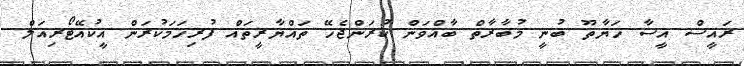
ރައީސް އީސާ ހަޔާތޫ ބުނީ މުބާރާތް ބާއްވަން ކުރަންޖެހޭ ތައްޔާރީތައް ފުރިހަމަކުރަން އީކުއޭޓޯރިއަލް